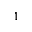
^ 1